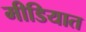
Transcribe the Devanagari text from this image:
मीडियात